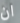
ان